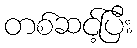
တစ်ဆင့်ပြီး